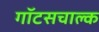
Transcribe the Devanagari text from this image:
गॉटसचाल्क